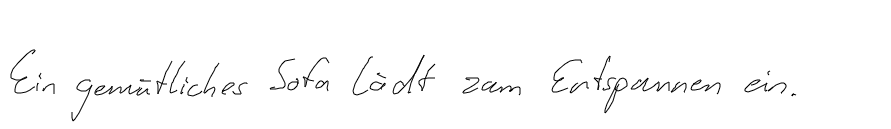
Ein gemütliches Sofa lädt zum Entspannen ein.